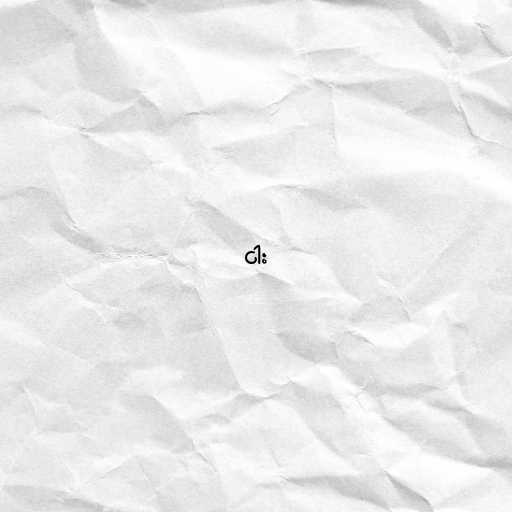
ငါး